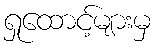
ရှုထောင့်များမှ